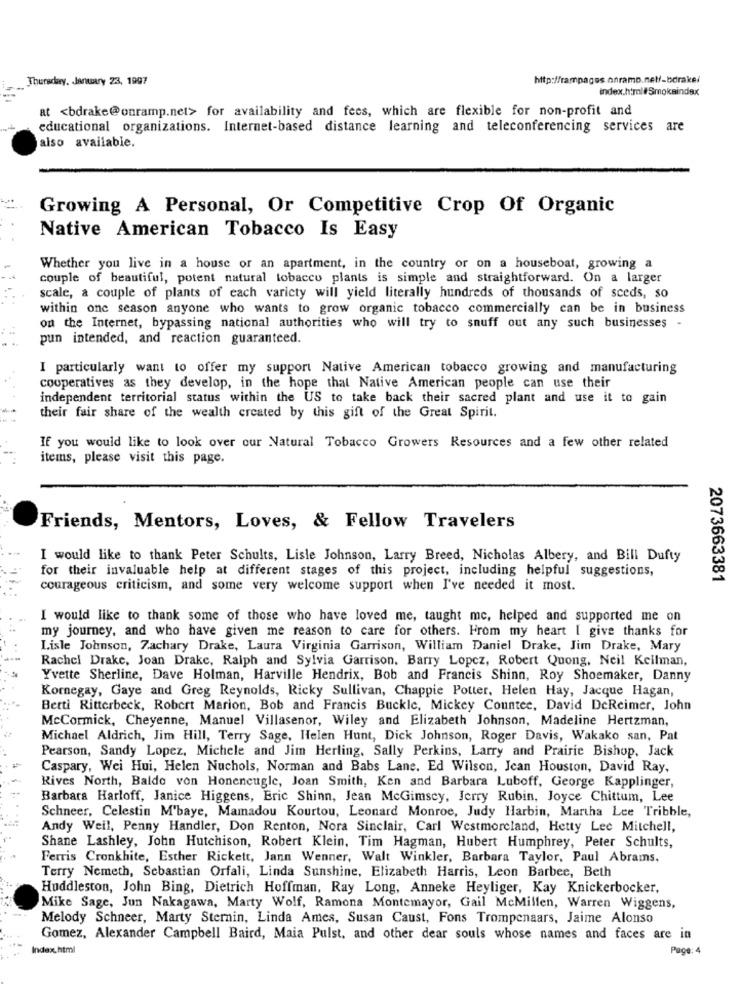
Thursday, January 23, 1997
http://rampages.onramp.nel/-bdrake/
index.html#Smokaindex
at <bdrake@onramp.net> for availability and fees, which are flexible for non-profit and
educational organizations. Internet-based distance learning and teleconferencing services are
also available.
Growing A Personal, Or Competitive Crop Of Organic
Native American Tobacco Is Easy
Whether you live in a house or an apartment, in the country or on a houseboat, growing a
couple of beautiful, potent natural tobacco plants is simple and straightforward. On a larger
scale, a couple of plants of each varicty will yield literally hundreds of thousands of sceds, so
within one season anyone who wants to grow organic tobacco commercially can be in business
on the Internet, bypassing national authorities who will try to snuff out any such businesses -
pun intended, and reaction guaranteed.
I particularly want to offer my support Native American tobacco growing and manufacturing
cooperatives as they develop, in the hope that Native American people can use their
independent territorial status within the US to take back their sacred plant and use it to gain
their fair share of the wealth created by this gift of the Great Spirit.
If you would like to look over our Natural Tobacco Growers Resources and a few other related
items, please visit this page.
Friends, Mentors, Loves, & Fellow Travelers
I would like to thank Peter Schults, Lisle Johnson, Larry Breed, Nicholas Albery, and Bill Dufty
for their invaluable help at different stages of this project, including helpful suggestions,
2073663381
courageous criticism, and some very welcome support when I've needed it most.
I would like to thank some of those who have loved me, taught me, helped and supported me on
my journey, and who have given me reason to care for others. From my heart I give thanks for
Lisle Johnson, Zachary Drake, Laura Virginia Garrison, William Daniel Drake, Jim Drake, Mary
Rachel Drake, Joan Drake, Ralph and Sylvia Garrison. Barry Lopez, Robert Quong, Neil Keilman,
Yvette Sherline, Dave Holman, Harville Hendrix, Bob and Francis Shinn, Roy Shoemaker, Danny
Kornegay, Gaye and Greg Reynolds, Ricky Sullivan, Chappie Potter, Helen Hay, Jacque Hagan,
Betti Ritterbeck, Robert Marion, Bob and Francis Buckle, Mickey Countee, David DeReimer, John
McCormick, Cheyenne, Manuel Villasenor, Wiley and Elizabeth Johnson, Madeline Hertzman,
Michael Aldrich, Jim Hill, Terry Sage, Helen Hunt, Dick Johnson, Roger Davis, Wakako san, Pat
Pearson, Sandy Lopez, Michele and Jim Herling. Sally Perkins, Larry and Prairie Bishop, Jack
Caspary, Wei Hui, Helen Nuchols, Norman and Babs Lane. Ed Wilson, Jean Houston, David Ray,
Rives North, Balde von Honencugle, Joan Smith, Ken and Barbara Luboff, George Kapplinger,
Barbara Harloff, Janice Higgens, Eric Shinn, Jean McGimscy, Jerry Rubin, Joyce Chittum, Lee
Schneer, Celestin M'baye, Mamadou Kourtou, Leonard Monroe, Judy Harbin, Martha Lee Tribble,
Andy Weil, Penny Handler, Don Renton, Nora Sinclair, Carl Westmoreland, Hetty Lee Mitchell,
Shane Lashley, John Hutchison, Robert Klein, Tim Hagman, Hubert Humphrey, Peter Schults,
Ferris Cronkhite, Esther Rickett, Jann Wenner, Walt Winkler, Barbara Taylor, Paul Abrams,
Terry Nemeth, Sebastian Orfali, Linda Sunshine, Elizabeth Harris, Leon Barbee, Beth
Huddleston, John Bing, Dietrich Hoffman, Ray Long, Anneke Heyliger, Kay Knickerbocker,
Mike Sage, Jun Nakagawa, Marty Wolf, Ramona Montemayor, Gail McMillen, Warren Wiggens,
Melody Schneer, Marty Sternin, Linda Ames, Susan Caust, Fons Trompenaars, Jaime Alonso
Gomez, Alexander Campbell Baird, Maia Pulst, and other dear souls whose names and faces are in
Index.html
Page: 4